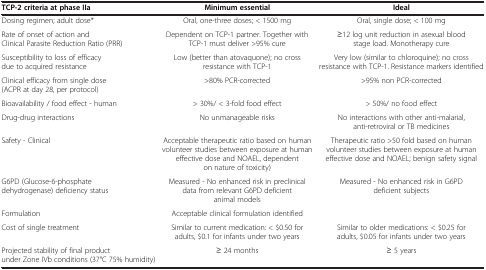
| TCP-2 criteria at phase IIa | Minimum essential | Ideal |
 | --- | --- | --- |
 | Dosing regimen; adult dose* | Oral, one-three doses; < 1500 mg | Oral, single dose; < 100 mg |
 | Rate of onset of action and Clinical Parasite Reduction Ratio (PRR) | Dependent on TCP-1 partner. Together with TCP-1 must deliver >95% cure | ≥12 log unit reduction in asexual blood stage load. Monotherapy cure |
 | Susceptibility to loss of efficacy due to acquired resistance | Low (better than atovaquone); no cross resistance with TCP-1 | Very low (similar to chloroquine); no cross resistance with TCP-1. Resistance markers identified |
 | Clinical efficacy from single dose (ACPR at day 28, per protocol) | >80% PCR-corrected | >95% non PCR-corrected |
 | Bioavailability / food effect - human | > 30%/ < 3-fold food effect | > 50%/ no food effect |
 | Drug-drug interactions | No unmanageable risks | No interactions with other anti-malarial, anti-retroviral or TB medicines |
 | Safety - Clinical | Acceptable therapeutic ratio based on human volunteer studies between exposure at human effective dose and NOAEL, dependent on nature of toxicity) | Therapeutic ratio >50 fold based on human volunteer studies between exposure at human effective dose and NOAEL; benign safety signal |
 | G6PD (Glucose-6-phosphate dehydrogenase) deficiency status | Measured - No enhanced risk in preclinical data from relevant G6PD deficient animal models | Measured - No enhanced risk in G6PD deficient subjects |
 | Formulation | Acceptable clinical formulation identified |  |
 | Cost of single treatment | Similar to current medication: < $0.50 for adults, $0.1 for infants under two years | Similar to older medications: < $0.25 for adults, $0.05 for infants under two years |
 | Projected stability of final product under Zone IVb conditions (37°C 75% humidity) | ≥ 24 months | ≥ 5 years |